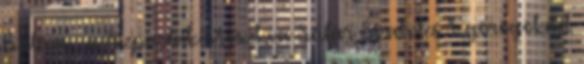
Balázs , a Szpartak Moszkva Sáfár Szabolcs A görögöknél